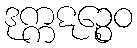
ဒုက္ကဋဉ္စေဝ